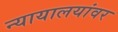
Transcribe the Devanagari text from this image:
न्यायालयांवर